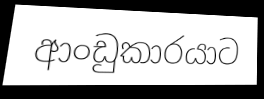
ආංඩුකාරයාට